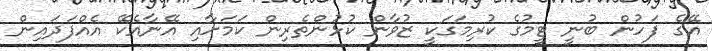
އޭގެ ފަހުން ބުނީ ޓީމުގެ ކުރިމަގަކީ ޒުވާން ކުޅުންތެރިން ކަމަށާއި އޭނާއެކޭ އެއްފަދައިން